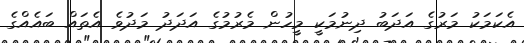
އެކަމަކު މަރުގެ އަދަބު ދިނުމަކީ މީހުން މެރުމުގެ އަދަދު މަދުވެ އެތައް ބައެއްގެ